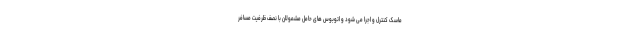
ماسک کنترل و اجرا می شود و اتوبوس های حامل مشمولان با نصف ظرفیت مسافر